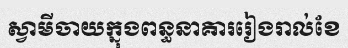
ស្វាមីចាយក្នុងពន្ធនាគាររៀងរាល់ខែ